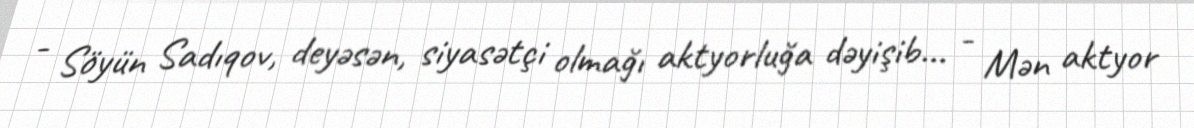
- Söyün Sadıqov, deyəsən, siyasətçi olmağı aktyorluğa dəyişib... - Mən aktyor